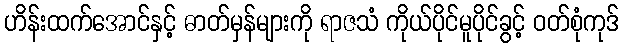
ဟိန်းထက်အောင်နှင့် ဓာတ်မှန်များကို ရာဇသံ ကိုယ်ပိုင်မူပိုင်ခွင့် ဝတ်စုံကုဒ်